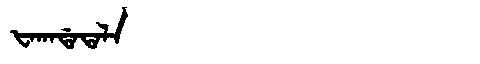
Manchu: ᡶᠠᡴᠠᡩᠠᡨᠠᠯᠠ
Romanization: FAKADATALA